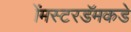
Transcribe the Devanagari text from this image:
ॲमस्टरडॅमकडे